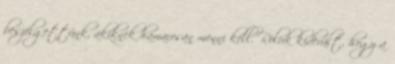
beszélgettünk, akiknek hamarosan menni kell. Róluk kiderült, hogy a